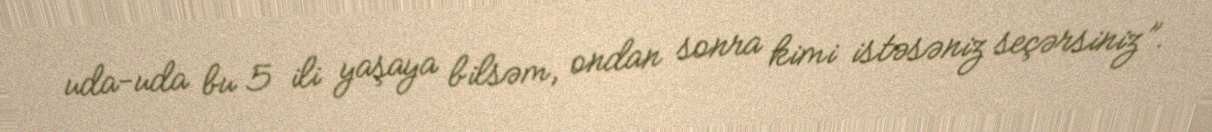
uda-uda bu 5 ili yaşaya bilsəm, ondan sonra kimi istəsəniz seçərsiniz”.